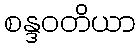
စန္ဒဝတိယာ